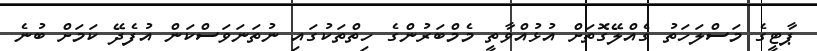
ޕާޓީގެ މަސްލަހަތު ގެއްލޭގޮތަށް އުޅުއްވާތީ މެމްބަރުންގެ ހިތްތަކުގައި ނުތަނަވަސްކަން އުފެދޭ ކަމަށް ބުނެ